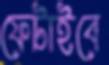
ফেটাইবে